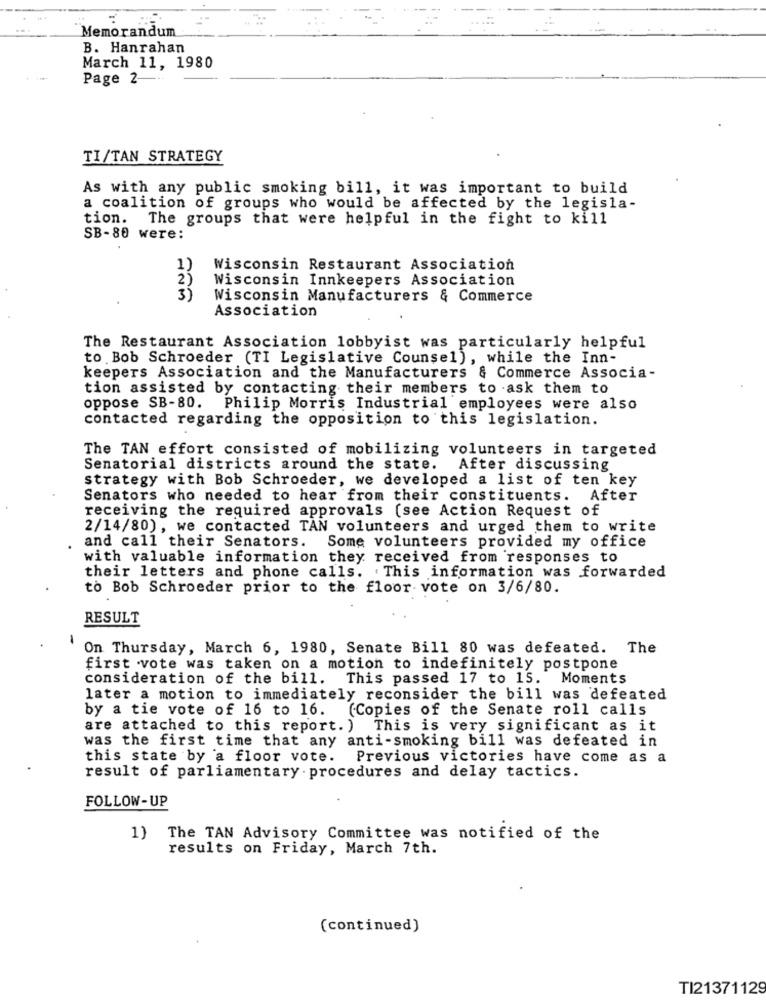
Memorandum
B. Hanrahan
March 11, 1980
Page 2-
TI/TAN STRATEGY
As with any public smoking bill, it was important to build
a coalition of groups who would be affected by the legisla-
tion. The groups that were helpful in the fight to kill
SB-80 were:
1)
Wisconsin Restaurant Association
2)
Wisconsin Innkeepers Association
3)
Wisconsin Manufacturers & Commerce
Association
The Restaurant Association lobbyist was particularly helpful
to Bob Schroeder (TI Legislative Counsel), while the Inn-
keepers Association and the Manufacturers & Commerce Associa-
tion assisted by contacting their members to ask them to
oppose SB-80. Philip Morris Industrial employees were also
contacted regarding the opposition to this legislation.
The TAN effort consisted of mobilizing volunteers in targeted
Senatorial districts around the state. After discussing
strategy with Bob Schroeder, we developed a list of ten key
Senators who needed to hear from their constituents. After
receiving the required approvals (see Action Request of
2/14/80) , we contacted TAN volunteers and urged them to write
and call their Senators. Some volunteers provided my office
with valuable information they received from responses to
their letters and phone calls. This information was forwarded
to Bob Schroeder prior to the floor vote on 3/6/80.
RESULT
On Thursday, March 6, 1980, Senate Bill 80 was defeated. The
first vote was taken on a motion to indefinitely postpone
consideration of the bill.
This passed 17 to 15. Moments
later a motion to immediately reconsider the bill was defeated
by a tie vote of 16 to 16. (Copies of the Senate roll calls
are attached to this report. ) This is very significant as it
was the first time that any anti-smoking bill was defeated in
this state by a floor vote.
Previous victories have come as a
result of parliamentary . procedures and delay tactics.
FOLLOW-UP
1) The TAN Advisory Committee was notified of the
results on Friday, March 7th.
(continued)
TI21371129